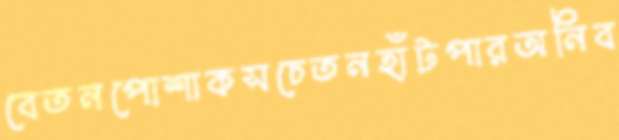
বেতনপোশাকসচেতনহাঁটপারঅনিব